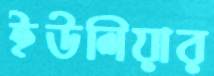
ইউলিয়ার